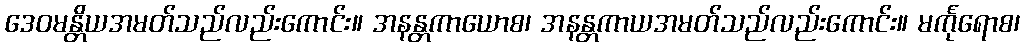
ဒေဝမန္တိယအမတ်သည်လည်းကောင်း။ အနန္တကာယောစ၊ အနန္တကာယအမတ်သည်လည်းကောင်း။ မင်္ကုရောစ၊